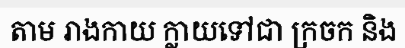
តាម រាងកាយ ក្លាយទៅជា ក្រចក និង